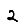
Digit: 2